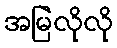
အမြဲလိုလို